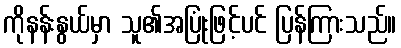
ကိုနန်းနွယ်မှာ သူ၏အပြုံးဖြင့်ပင် ပြန်ကြားသည်။